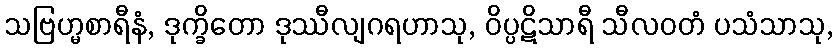
သဗြဟ္မစာရီနံ, ဒုက္ခိတော ဒုဿီလျဂရဟာသု, ဝိပ္ပဋိသာရီ သီလဝတံ ပသံသာသု,